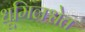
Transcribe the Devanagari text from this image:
धूमिलश्वेत